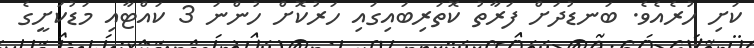
ކަށި ހުރެއެވެ. ބަނޑުދަށް ފަރާތު ކޮތަރިބައިގައި ހަރުކޮށް ހުންނަ 3 ކައްޓާއި މަޑުކަށީގެ